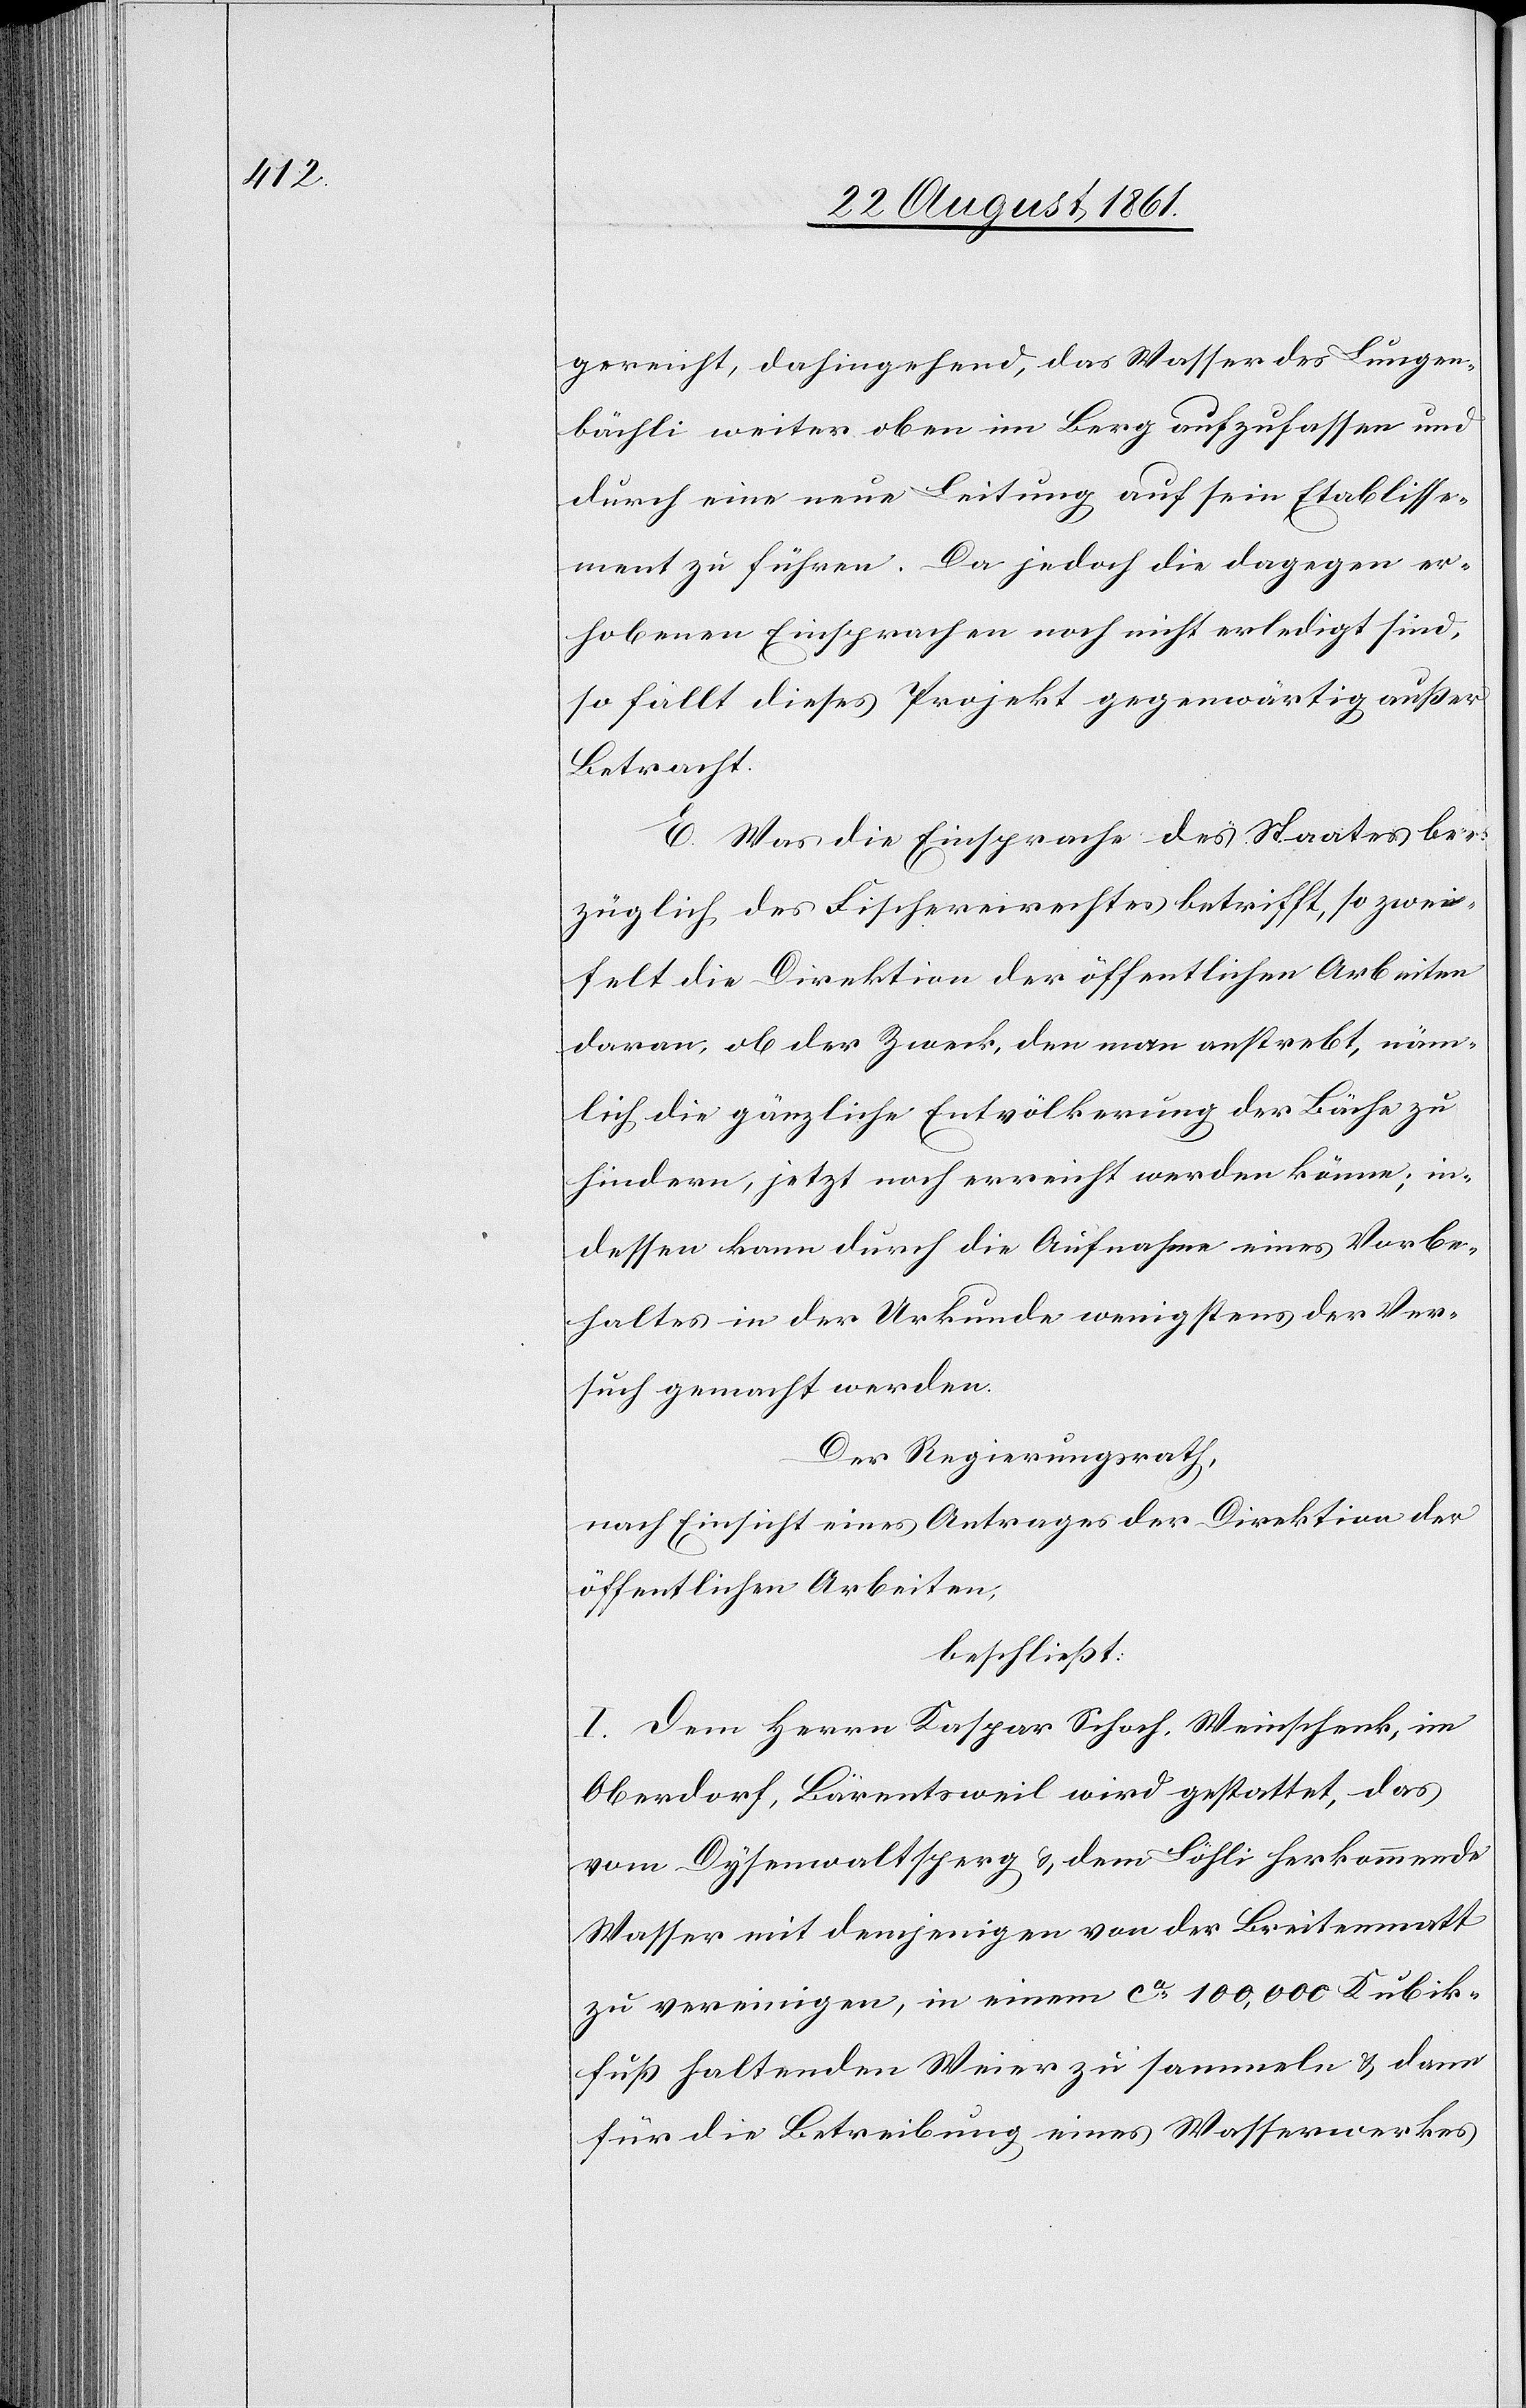
gereicht, dahingehend, das Wasser des Lunzen¬
bächli weiter oben im Berg aufzufassen und
durch eine neue Leitung auf sein Etablisse¬
ment zu führen. Da jedoch die dagegen er¬
hobenen Einsprachen noch nicht erledigt sind,
so fällt dieses Projekt gegenwärtig außer
Betracht.
E. Was die Einsprache des Staates be¬
züglich des Fischereirechtes betrifft, so zwei¬
felt die Direktion der öffentlichen Arbeiten
daran, ob der Zweck, den man anstrebt, näm¬
lich die gänzliche Entvölkerung der Bäche zu
hindern, jetzt noch erreicht werden könne; in¬
dessen kann durch die Aufnahme eines Vorbe¬
haltes in der Urkunde wenigstens der Ver¬
such gemacht werden.
Der Regierungsrath,
nach Einsicht eines Antrages der Direktion der
öffentlichen Arbeiten,
beschließt:
I. Dem Herrn Kaspar Schoch, Weinschenk, im
Oberdorf, Bärentsweil wird gestattet, das
vom Dysenwaltsperg u. dem Bächli herkommende
Wasser mit demjenigen von der Breitenmatt
zu vereinigen, in einem ca 100,000 Kubik¬
fuß haltenden Weier zu sammeln u. dann
für die Betreibung eines Wasserrades